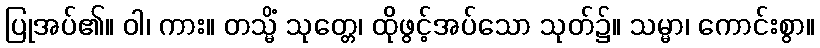
ပြုအပ်၏။ ဝါ၊ ကား။ တသ္မိံ သုတ္တေ၊ ထိုဖွင့်အပ်သော သုတ်၌။ သမ္မာ၊ ကောင်းစွာ။